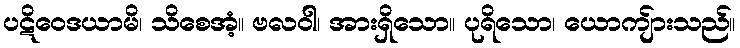
ပဋိဝေဒယာမိ၊ သိစေအံ့။ ဗလဝါ၊ အားရှိသော။ ပုရိသော၊ ယောကျ်ားသည်။